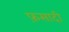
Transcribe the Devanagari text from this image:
फ़सादी